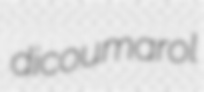
dicoumarol